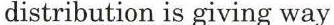
distribution is giving way